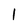
Character: 1